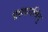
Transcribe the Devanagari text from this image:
प्रस्थानबिंदु